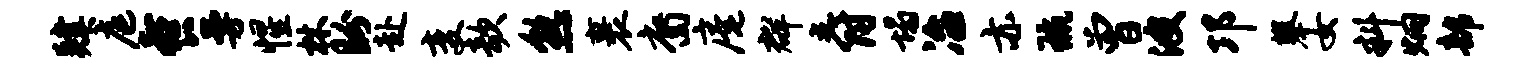
肄庭餐曼惺林盼赴变欹熟裹裔庵群爵塌冶亦琉曾波邛攀女料炯部